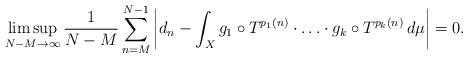
LaTeX: \begin{align*} \limsup_{{N-M}\to\infty} \frac1{N-M}\sum_{n=M}^{N-1} \left|d_n-\int_Xg_1\circ T^{p_1(n)}\cdot\ldots\cdot g_k\circ T^{p_k(n)}\,d\mu\right|=0.\end{align*}